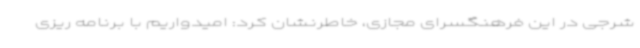
شرجی در این فرهنگسرای مجازی، خاطرنشان کرد: امیدواریم با برنامه ریزی